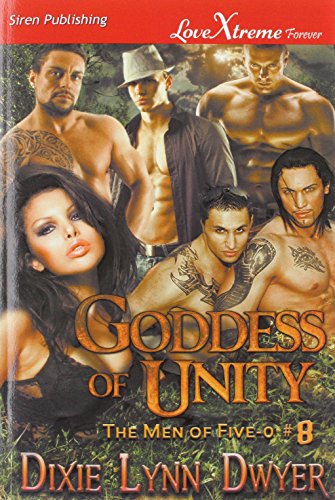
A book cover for Goddess of Unity [The Men of Five-O #8] (Siren Publishing Lovextreme Forever); Dixie Lynn Dwyer; Romance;